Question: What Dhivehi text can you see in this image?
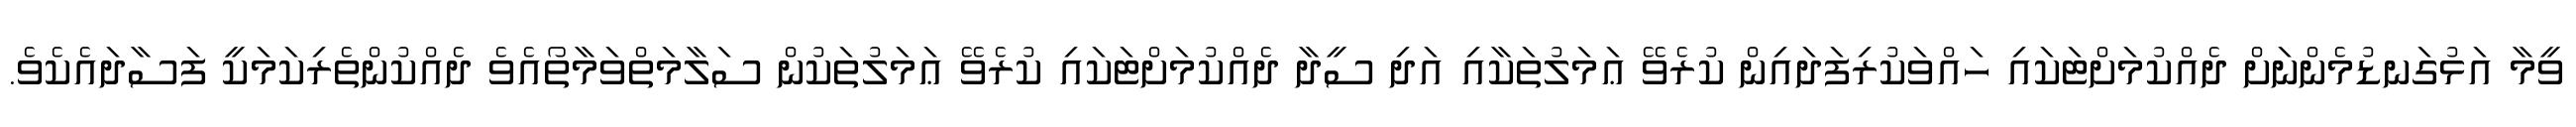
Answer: ވީމާ އަޅުގަނޑުމެންނަށް ދެއްކުމަށްޓަކައި ހައްވަކުރިފަދައިން ކުރެވޭ ޢަމަލުތަކާއި އަދި ސީދާ ދެއްކުމަށްޓަކައި ކުރެވޭ ޢަމަލުތަކުން ސަލާމަތްވަމާތޯއެވެ ދެއްކުންތެރިކަމަކީ ފަސާދައެކެވެ.